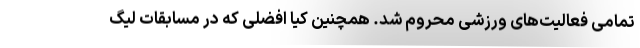
تمامی فعالیت‌های ورزشی محروم شد. همچنین کیا افضلی که در مسابقات لیگ